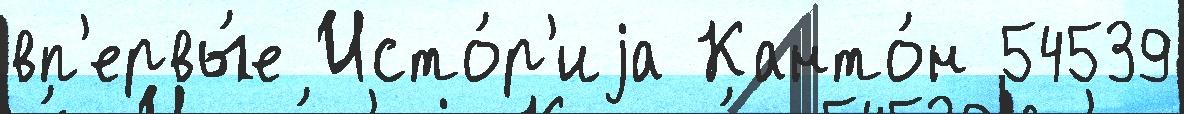
вп'ервы́е Исто́р'иjа Канто́н 54539